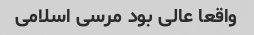
واقعا عالی بود مرسی اسلامی